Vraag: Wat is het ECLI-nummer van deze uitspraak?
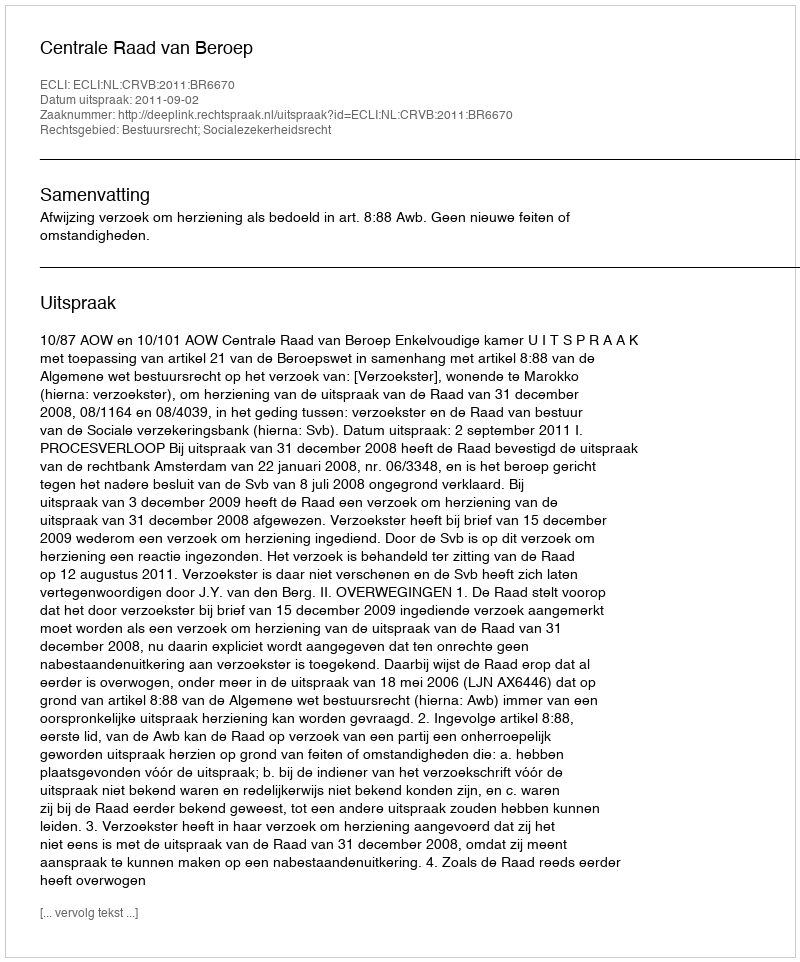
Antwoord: ECLI:NL:CRVB:2011:BR6670